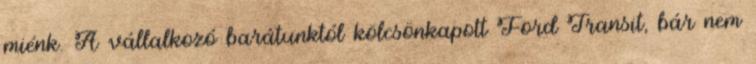
miénk. A vállalkozó barátunktól kölcsönkapott Ford Transit, bár nem